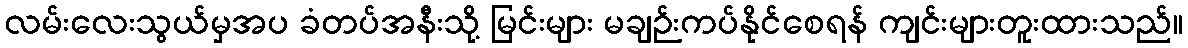
လမ်းလေးသွယ်မှအပ ခံတပ်အနီးသို့ မြင်းများ မချဉ်းကပ်နိုင်စေရန် ကျင်းများတူးထားသည်။